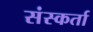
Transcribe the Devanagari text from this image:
संस्कर्ता